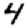
Digit: 4